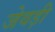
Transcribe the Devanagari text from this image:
जेवड़ी